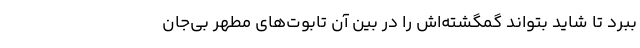
ببرد تا شاید بتواند گمگشته‌اش را در بین آن تابوت‌های مطهر بی‌جان